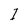
Character: I